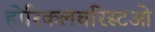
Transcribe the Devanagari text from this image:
होरिकलचरिस्टओ